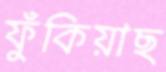
ফুঁকিয়াছ